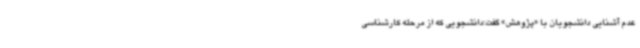
عدم آشنایی دانشجویان با «پژوهش» گفت:دانشجویی که از مرحله کارشناسی